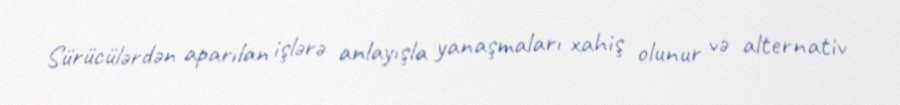
Sürücülərdən aparılan işlərə anlayışla yanaşmaları xahiş olunur və alternativ